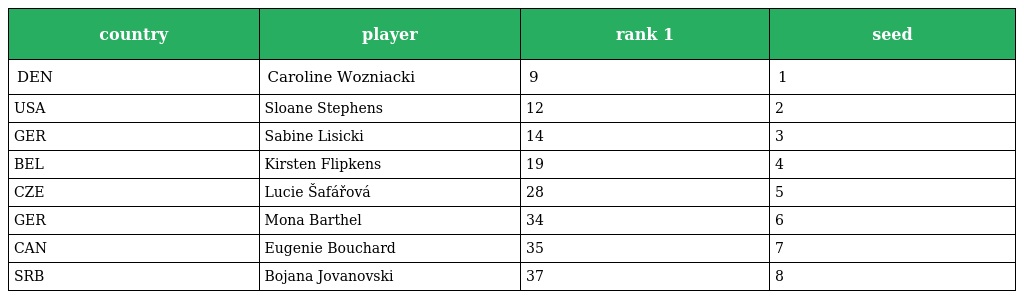
| country | player | rank 1 | seed |
 | --- | --- | --- | --- |
 | DEN | Caroline Wozniacki | 9 | 1 |
 | USA | Sloane Stephens | 12 | 2 |
 | GER | Sabine Lisicki | 14 | 3 |
 | BEL | Kirsten Flipkens | 19 | 4 |
 | CZE | Lucie Šafářová | 28 | 5 |
 | GER | Mona Barthel | 34 | 6 |
 | CAN | Eugenie Bouchard | 35 | 7 |
 | SRB | Bojana Jovanovski | 37 | 8 |